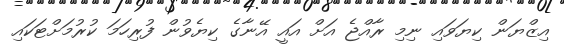
އިޒްޔަން ކިޔަވައި ނިމި ރާއްޖެ އަށް އައީ އޭނާގެ ކިޔެވުން ފުރިހަމަ ކުރުމަށްޓަކައި